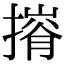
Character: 𢳕